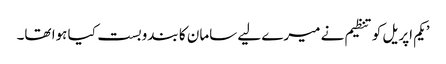
’یکم اپریل کو تنظیم نے میرے لیے سامان کا بندوبست کیا ہوا تھا۔